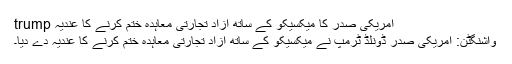
امریکی صدر کا میکسیکو کے ساتھ آزاد تجارتی معاہدہ ختم کرنے کا عندیہ trump
واشنگٹن: امریکی صدر ڈونلڈ ٹرمپ نے میکسیکو کے ساتھ آزاد تجارتی معاہدہ ختم کرنے کا عندیہ دے دیا۔